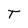
Character: T